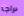
دراجه